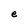
Character: e